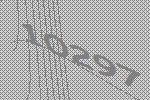
10297